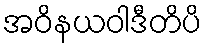
အဝိနယဝါဒီတိပိ